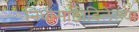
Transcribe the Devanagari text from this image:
निधीसाठीदिलेल्या